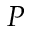
P